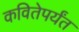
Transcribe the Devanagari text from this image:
कवितेपर्यंत